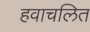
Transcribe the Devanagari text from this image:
हवाचलित